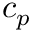
c _ { p }